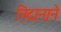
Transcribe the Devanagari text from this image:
निदानाने